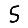
Digit: 5